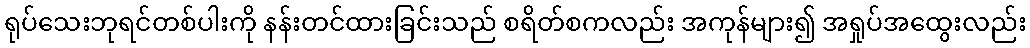
ရုပ်သေးဘုရင်တစ်ပါးကို နန်းတင်ထားခြင်းသည် စရိတ်စကလည်း အကုန်များ၍ အရှုပ်အထွေးလည်း